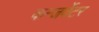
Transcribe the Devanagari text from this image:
कन्जर्वेटर